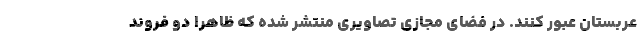
عربستان عبور کنند. در فضای مجازی تصاویری منتشر شده که ظاهرا دو فروند